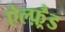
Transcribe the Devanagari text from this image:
ऐल्फ़्रैड